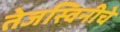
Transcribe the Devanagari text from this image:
तेजस्विनीचे